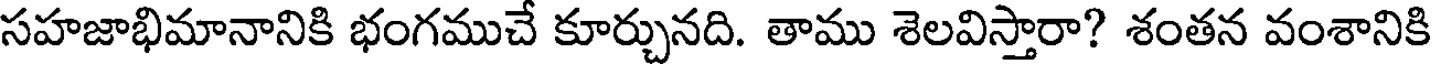
సహజాభిమానానికి భంగముచే కూర్చునది. తాము శెలవిస్తారా? శంతన వంశానికి